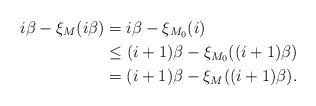
LaTeX: \begin{align*}i\beta-\xi_{M}(i\beta)&=i\beta-\xi_{M_0}(i)\\&\leq(i+1)\beta-\xi_{M_0}((i+1)\beta)\\&=(i+1)\beta-\xi_{M}((i+1)\beta).\end{align*}